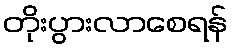
တိုးပွားလာစေရန်